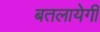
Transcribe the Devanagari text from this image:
बतलायेगी